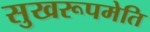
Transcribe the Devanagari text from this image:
सुखरूपमेति